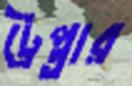
ট্রেপ্তার